Annual statistical returns and brief notes on vaccination in Bengal - 1887-1898
Year: 1887
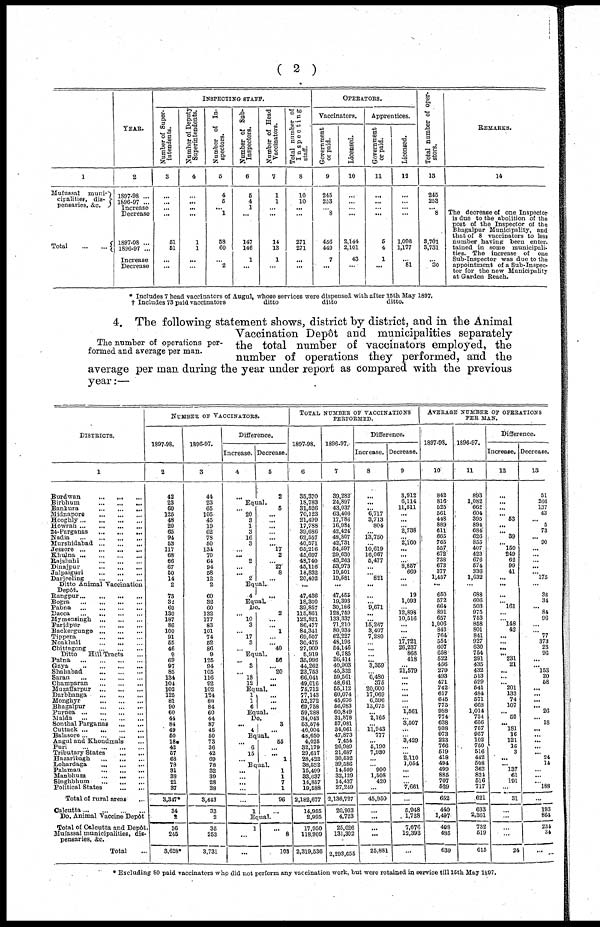
( 2 )
1
Mufussal
muni-
cipalities, dis-
pensaries, &c.
Total
...
...
YEAR.
2
1897-98 ...
1896-97 ...
Increase
Decrease
1897-08 ...
1886-97 ...
Increase
Decrease
INSPECTING STAFF.
Number of Super-
iutendents.
3
...
...
...
...
51
51
...
...
Number of Deputy
Superintendents.
4
...
...
...
...
1
1
...
...
Number of In-
spectors.
5
4
5
... 1
58
60
...
2
Number of Sab-
Inspectors.
6
5
4
1
...
147
146
1
...
Number of Head
Vaccinators.
7
1
1
...
...
14
13
1
...
Total number of
Inspecting
staff.
8
10
10
...
...
271
271
...
...
OPERATORS.
Vaccinators.
Government
of paid.
9
246
253
...
8
456
449
7
...
Licensed.
10
...
...
...
...
2,144
2,101
43
...
Apprentices.
Government
or paid.
11
...
...
...
...
5
4
1
...
Licensed.
12
...
...
...
...
1,096
1,177
...
81
Total number of oper-
ators.
13
245
253
... 8
3,701
3,731
...
30
REMARKS.
14
The decrease of one Inspector
is due to the abolition of the
post of the Inspector of the
Bhagalpur Municipality, and
that of 8 vaccinators to less
number having been enter-
tained in some municipali-
ties. The increase of one
Sub-Inspector was due to the
appointment of a Sub-Inspec-
tor for the new Municipality
at Garden Reach.
* Includes 7 head vaccinators of Augul, whose services were dispensed with after 15th May 1897.
† Includes 73 paid vaccinators
ditto
ditto
ditto.
The number of operations per-
formed and average per man.
4. The following statement shows, district by district, and in the Animal
Vaccination Depôt and municipalities separately
the total number of vaccinators employed, the
number of operations they performed, and the
average per man during the year under report as compared with the previous
year:—
DISTRICTS.
1
Burdwan
...
...
...
Birbhum
...
...
...
Bankura
...
...
...
Midnapore
...
...
...
Hooghly
...
...
...
...
Howrah
...
...
...
...
24-Parganas ... ... ...
Nadia
...
...
...
...
Murshidabad
...
...
...
Jessore
...
...
...
...
Khulna
...
...
...
...
Rajshahi
...
...
...
Dinajpur
...
...
...
Jalpaiguri
...
...
...
Darjeeling
...
...
...
Ditto Animal Vaccination
Depôt.
Rangpur
...
...
...
...
Bogra
...
...
...
...
Pabna
...
...
...
...
Dacca
...
...
...
...
Mymensingh
...
...
...
Faridpur
...
...
...
Backergunge
...
...
...
Tippera
...
...
...
Noakhali
...
...
...
Chittagong
...
...
...
Ditto
Hill Tracts ...
Patna
...
...
...
...
Gaya
...
...
...
...
Shahabad
...
...
...
Saran
...
...
...
Champaran
...
...
...
...
Muzaffarpur ... ... ... ...
Darbhanga
...
...
...
...
Monghyr ... ... ...
Bhagalpur ... ... ...
Purnea
...
...
...
...
Malda
...
...
...
...
Sonthal Parganas
...
...
Cuttack
...
...
...
...
Balasore
...
...
...
...
Angul and Khondmals ...
Puri
...
...
...
...
Tributary States ... ...
Hazaribagh
...
...
...
Lohardaga
...
...
...
Palamau
...
...
...
Manbhum
...
...
...
Singhbhum
...
...
...
Political States ... ...
Total of rural areas
...
Calcutta
...
...
...
...
Do. Animal Vaccine Depôt
Total of Calcutta and Depôt
Mufassal municipalities, dis-
pensaries, &c.
Total ...
NUMBER OF VACCINATORS.
1897-98.
2
42
23
60
125
48
20
65
94
53
117
68
66
67
50
14
2
73
32
60
130
187
86
100
91
55
46
9
69
97
85
134
104
102
125
81
90
60
44
84
49
50
18*
42
57
68
78
31
38
21
37
3,347*
34
2
36
245
3,628*
1896-97.
3
44
23
65
105
45
19
62
78
50
134
70
64
94
58
12
2
69
32
60
132
177
83
101
74
52
86
9
125
94
105
116
92
102
124
80
84
60
44
87
45
50
73
36
42
69
78
32
39
28
38
3,443
33
2
35
253
3,731
Difference.
Increase.
4
...
Decrease.
5
2
Equal.
... 20
3
1
3
16
3
...
... 2
...
...
2
5
...
...
...
...
...
...
17
2
... 27
8
...
Equal.
4
...
Equal.
Do.
...
10
3
... 17
3
...
2
...
... 1
...
...
40
Equal.
...
3
...
18
12
56
...
20
...
...
Equal.
1
1
6
...
...
Equal.
Do.
...
4
3
...
Equal.
...
6
15
...
55
...
... 1
Equal.
...
...
...
...
...
1
1
1
7
1
96
...
Equal.
1
...
...
...
8
103
TOTAL NUMBER OF VACCINATIONS
PERFORMED.
1897-98.
6
35,370
18,783
31,626
70,123
21,499
17,788
39,686
62,557
40,571
65,216
45,697
48,740
45,116
18,832
20,402
...
47,436
18,300
39,857
115,861
122,821
86,477
84,341
69,507
30,475
27,909
5,919
35,996
44,262
23,763
66,041
49,016
75,712
77,143
52,272
69,758
59,288
34,043
53,574
46,004
48,650
4,025
32,179
29,617
28,422
38,532
15,499
33,637
14,857
19,588
2,182,677
14,965
2,995
17,950
118,909
2,319,536
1896-97.
7
39,282
24,897
43,037
63,406
17,786
16,984
42,424
48,807
42,731
54,597
29,630
43,263
53,973
19,501
19,581
...
47,455
19,393
30,186
128,759
133,337
71,210
80,934
62,227
48,196
54,146
6,785
36,414
40,903
45,332
59,561
48,641
55,112
60,074
45,676
56,083
60,849
31,878
57,031
34,061
47,873
7,454
26,989
21,687
30,532
39,586
14,599
32,129
14,437
27,249
2,136,727
20,903
4,723
25,626
131,302
2,293,655
Difference.
Increase.
8
...
...
... 6,717
3,713
804
...
13,750
...
10,619
16,067
5,477
...
...
821
...
...
... 9,671
...
...
15,267
3,407
7,280
...
...
...
... 3,359
...
6,480
375
20,600
17,069
6,596
13,675
... 2,165
...
11,943 777
... 5,190
7,930
...
...
900
1,508
420
...
45,950
...
...
...
...
25,881
Decrease.
9
3,912
6,114
11,511
...
...
... 2,738
... 2,160
...
...
...
8,857
669
...
...
19
1,093
...
12,898
10,516
...
...
...
17,72l
26,237
866
418
...
21,579
...
...
...
...
...
... 1,561
... 3,507
...
...
3,429
...
2,110
1,054
...
...
...
7,661
...
5,948
1,728
7,676
12,393
...
AVERAGE NUMBER OF OPERATIONS
PER MAN.
1897-93.
10
842
816
525
561
448
889
611
665
765
557
672
738
673
377
1,457
...
650
572
664
891
657
1,006
843
764
554
607
658
522
456
279
493
471
742
617
645
775
988
774
638
938
973
223
766
519
418
494
499
885
707
529
652
440
1,497
498
485
639
1896-97.
11
893
1,082
662
604
395
894
684
626
855
407
423
676
574
336
1,632
...
688
606
503
975
753
858
801
841
927
630
754
291
435
432
513
529
541
484
571
668
1,014
724
656
757
957
102
750
516
442
508
362
824
516
717
621
633
2,361
732
519
615
Difference.
Increase.
12
...
...
...
... 53
...
... 39
... 150
249
62
99
41
...
...
...
... 161
...
... 148
42
...
...
...
... 231
21
...
...
... 201
133
74
107
... 50
... 181
16
121
16
3
...
... 137
61
191
...
31
...
...
...
...
24
Decrease.
13
51
266
137
43
... 5
73
... 90
...
...
...
...
... 175
...
38
34
... 84
96
...
... 77
373
23
96
...
... 153
20
58
...
...
...
... 26
... 18
...
...
...
...
... 24
14
...
...
... 188
...
193
864
234
34
...
* Excluding 80 paid vaccinators who did not perform any vaccination work, but were retained in service till 15th May 1897.